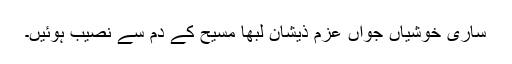
ساری خوشیاں جواں عزم ذیشان لبھا مسیح کے دم سے نصیب ہوئیں۔